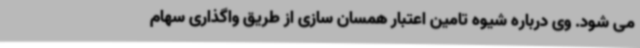
می شود. وی درباره شیوه تامین اعتبار همسان سازی از طریق واگذاری سهام